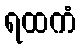
ရထကံ